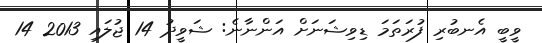
ވީބީ އެނބުރި ފުރަތަމަ ޑިވިޝަނަށް އަންނާނެ: ޝަވީދު 14 ޖުލައި 2013 14